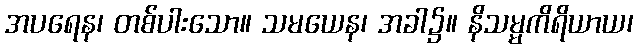
အပရေန၊ တစ်ပါးသော။ သမယေန၊ အခါ၌။ နိသမ္မကိရိယာယ၊